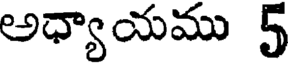
అధ్యాయము 5